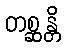
တစ္ဆန္တိ